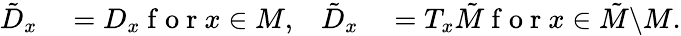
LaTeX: \begin{array}{rlrl}{\tilde{D}_{x}}&{{}=D_{x}\mathrm{~f~o~r~}x\in M,}&{\tilde{D}_{x}}&{{}=T_{x}\tilde{M}\mathrm{~f~o~r~}x\in\tilde{M}\backslash M.}\end{array}